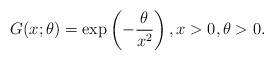
\begin{align*}G(x;\theta) = \exp\left(-\frac{\theta}{x^2}\right), x> 0,\theta>0 .\end{align*}